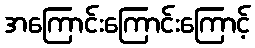
အကြောင်းကြောင်းကြောင့်